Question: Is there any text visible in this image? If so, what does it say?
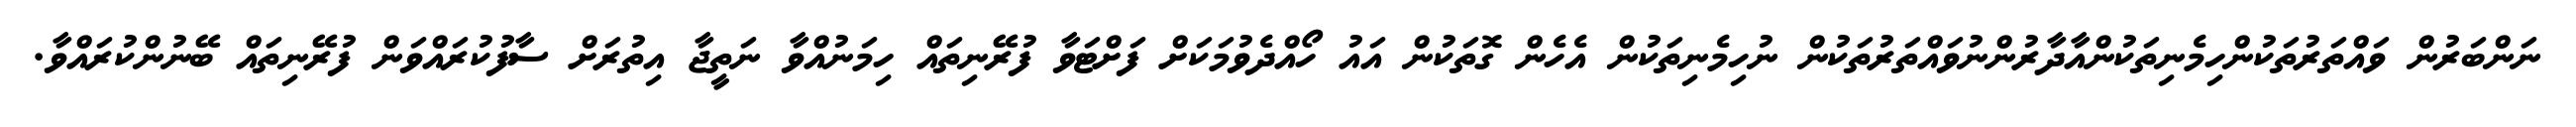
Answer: ނަންބަރުން ވައްތަރުތަކުންހިމެނިތަކުންއާދާރުންނުވައްތަރުތަކުން ނުހިމެނިތަކުން އެހެން ގޮތަކުން އައު ހޯއްދެވުމަކަށް ފަށްޓަވާ ފުރޭނިތައް ހިމަނުއްވާ ނަތީޖާ އިތުރަށް ސާފުކުރައްވަން ފުރޭނިތައް ބޭނުންކުރައްވާ.